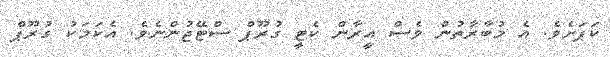
ކަޕަށެވެ. އެ މުބާރާތުން ވެސް އީރާން ކެޓީ ގުރޫޕް ސްޓޭޖުންނެވެ. އެކަމަކު ގުރޫޕް